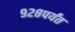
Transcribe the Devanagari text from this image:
९२८पर्यंत